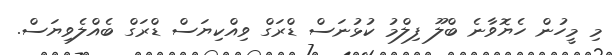
މި މީހުން ހެޔޮވާނެ ބްލޫ ފިލްމު ކުޅުނަސް ޑްރަގް ވިއްކިޔަސް ޑްރަގް ބެއްލެވިޔަސް.